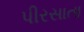
પીરસાતા